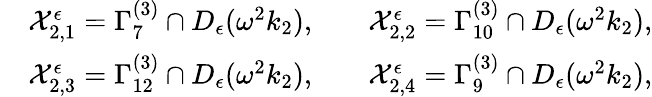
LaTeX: \begin{array}{rlrl}&{\mathcal{X}_{2,1}^{\epsilon}=\Gamma_{7}^{(3)}\cap D_{\epsilon}(\omega^{2}k_{2}),}&&{\mathcal{X}_{2,2}^{\epsilon}=\Gamma_{10}^{(3)}\cap D_{\epsilon}(\omega^{2}k_{2}),}\\ &{\mathcal{X}_{2,3}^{\epsilon}=\Gamma_{12}^{(3)}\cap D_{\epsilon}(\omega^{2}k_{2}),}&&{\mathcal{X}_{2,4}^{\epsilon}=\Gamma_{9}^{(3)}\cap D_{\epsilon}(\omega^{2}k_{2}),}\end{array}